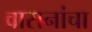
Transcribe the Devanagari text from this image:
वासनांचा